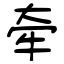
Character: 牵